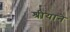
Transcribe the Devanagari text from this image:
श्रीयाने